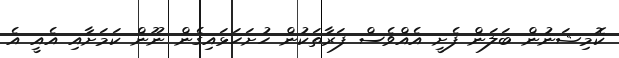
ކޮމިޝަނުން ބަލަން ފެށީ އެއްވެސް ފަރާތަކުން ހުށަހަޅައިގެން ނޫން ކަމަށާއި އެއީ އެ